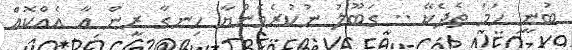
ބުނީ ހަމަ ތެދެކޭ .. ގަބޫލު ނުކުރެވެންޔާ ހިނގާ ރީން އާ އެއްކޮއް